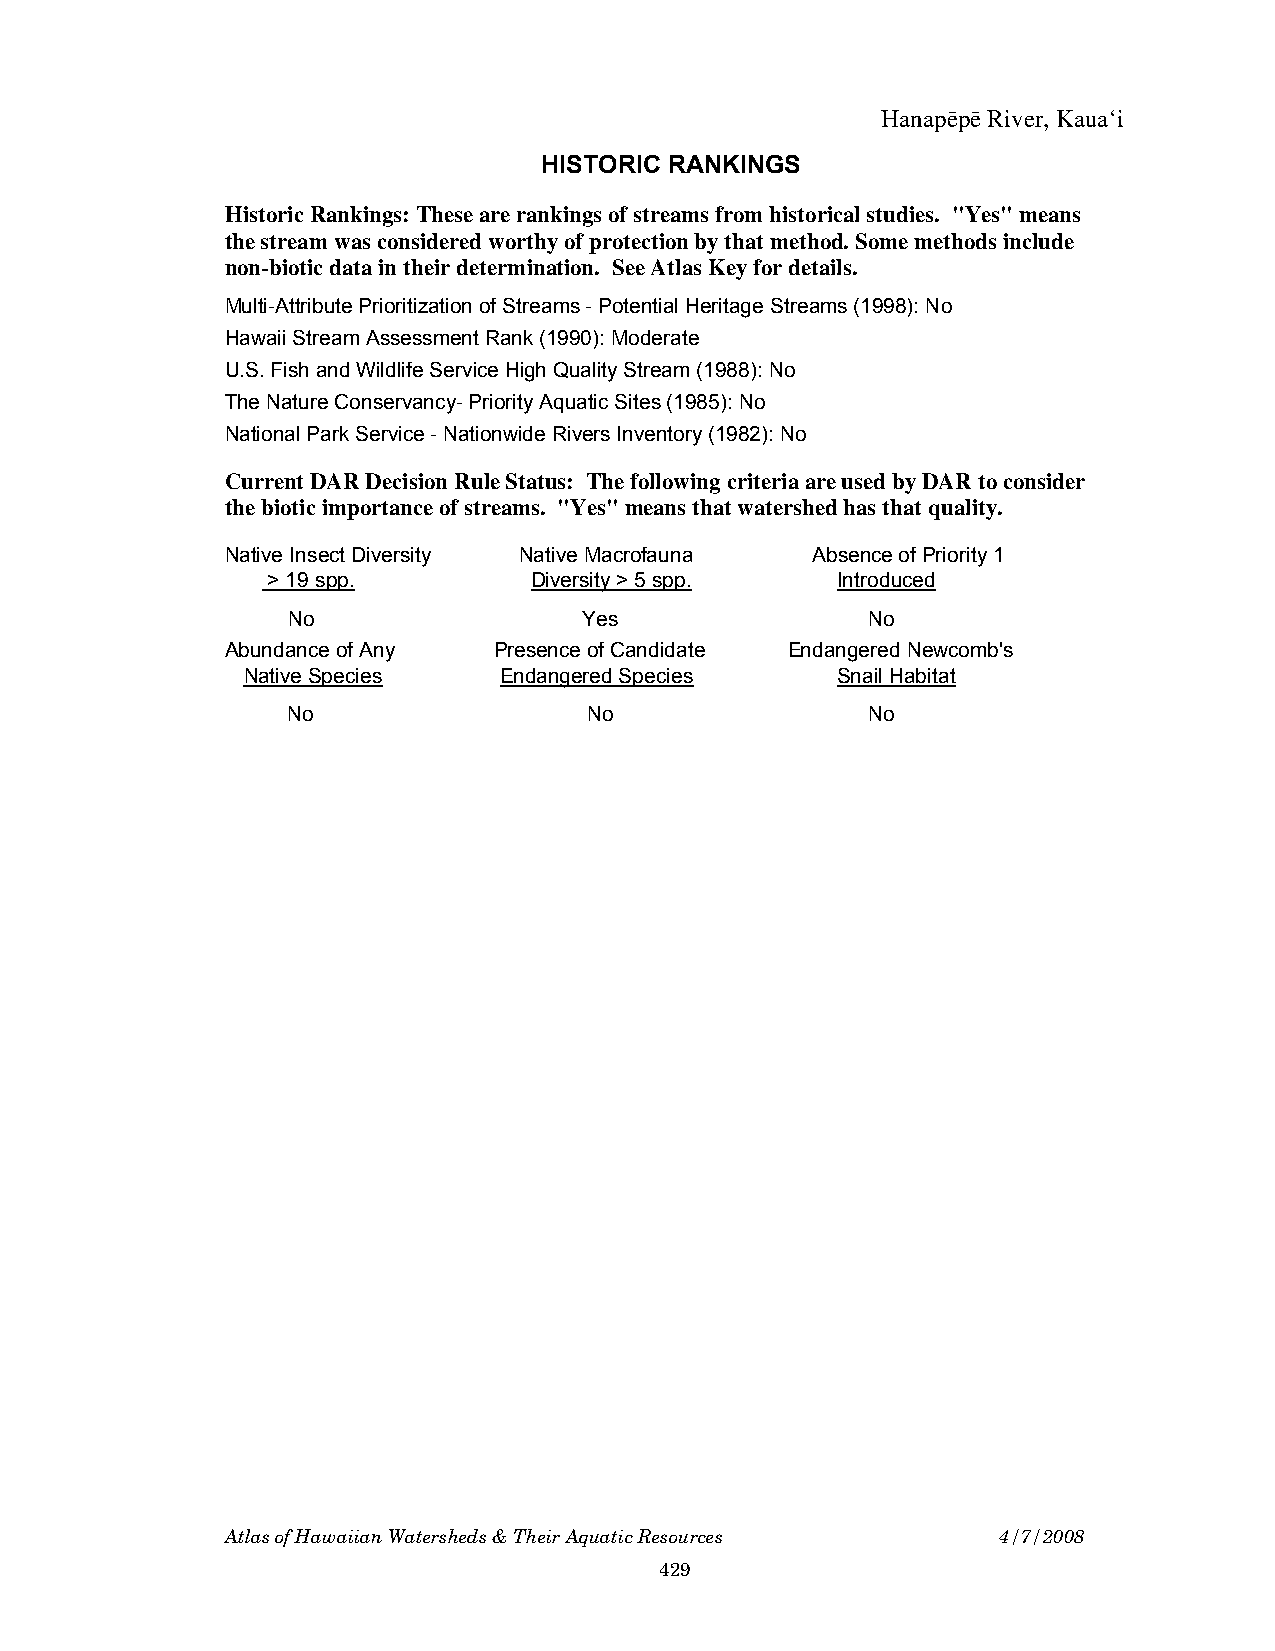
Hanapëpë River, Kauaÿi
 HISTORIC RANKINGS
 Historic Rankings: These are rankings of streams from historical studies. "Yes" means
 the stream was considered worthy of protection by that method. Some methods include
 non-biotic data in their determination. See Atlas Key for details.
 Multi-Attribute Prioritization of Streams - Potential Heritage Streams (1998): No
 Hawaii Stream Assessment Rank (1990): Moderate
 U.S. Fish and Wildlife Service High Quality Stream (1988): No
 The Nature Conservancy- Priority Aquatic Sites (1985): No
 National Park Service - Nationwide Rivers Inventory (1982): No
 Current DAR Decision Rule Status: The following criteria are used by DAR to consider
 the biotic importance of streams. "Yes" means that watershed has that quality.
 Native Insect Diversity Native Macrofauna Absence of Priority 1
 > 19 spp.        Diversity > 5 spp.  Introduced
 No                  Yes               No
 Abundance of Any  Presence of Candidate Endangered Newcomb's
 Native Species   Endangered Species    Snail Habitat
 No                  No                No
 Atlas of Hawaiian Watersheds & Their Aquatic Resources 4/7/2008
 429